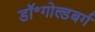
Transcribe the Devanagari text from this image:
डॉ॰गोल्डबर्ग